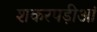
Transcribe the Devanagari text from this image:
शकरपड़ीआं